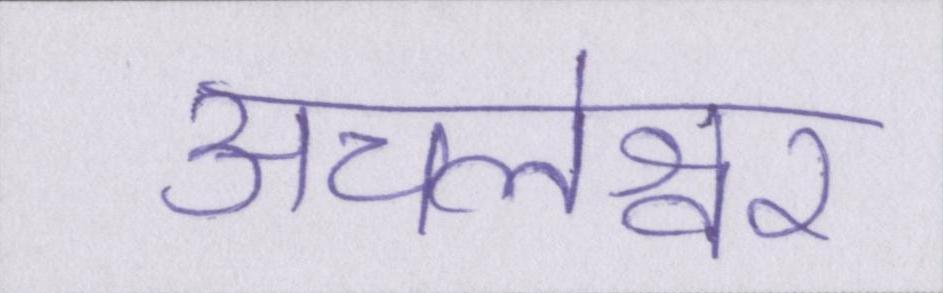
अचलेश्वर